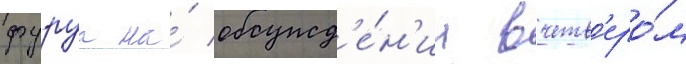
фуруа на́ обсужд'е́н'ии вчетв'еро́м